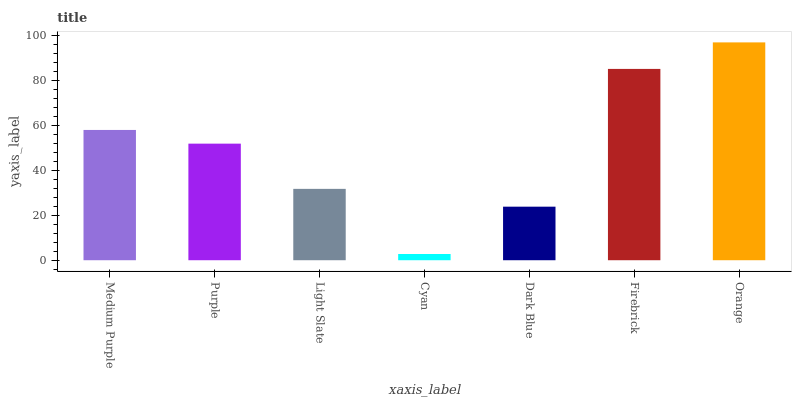
| xaxis_label | bars |
 | --- | --- |
 | Medium Purple | 57.9 |
 | Purple | 51.8 |
 | Light Slate | 31.7 |
 | Cyan | 2.77 |
 | Dark Blue | 23.8 |
 | Firebrick | 85 |
 | Orange | 96.8 |